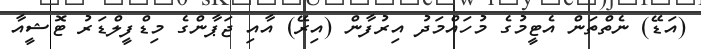
(އަޑޭ) ނެތްތަން އެޓީމުގެ މުހައްމަދު އިރުފާން (އިރޭ) އާއި ޖަޕާންގެ މިޑްފީލްޑަރު ޓޮޝީއާ